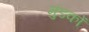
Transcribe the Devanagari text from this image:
मुंडकों